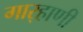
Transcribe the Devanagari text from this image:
गार्‍हाणी